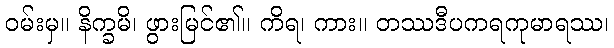
ဝမ်းမှ။ နိက္ခမိ၊ ဖွားမြင်၏။ ကိရ၊ ကား။ တဿဒီပကရကုမာရဿ၊